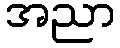
အညာ